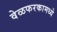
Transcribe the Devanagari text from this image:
वेळफरकामध्ये